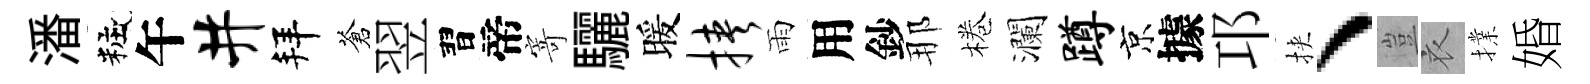
潘粧午井拜蒼翌習帝寄驪暖挟雨用鈔那棬瀾蹲京據邛挾、豈衣擈婚